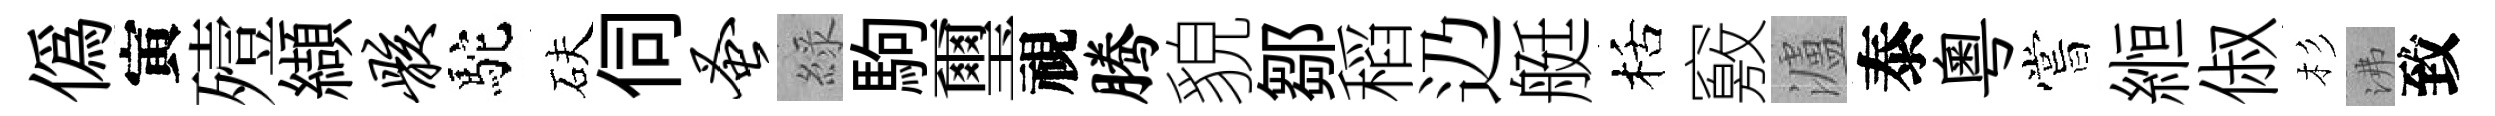
偽寅殪纈骸駝砆伺蚤綠駒璽視腾貌鄒稻辸艇栝竅瀘泰粤嘗縆俶杉沸致